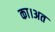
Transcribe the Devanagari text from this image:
का।अत